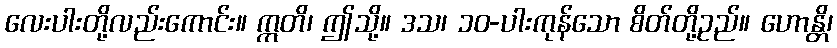
လေးပါးတို့လည်းကောင်း။ ဣတိ၊ ဤသို့။ ဒသ၊ ၁၀-ပါးကုန်သော စိတ်တို့ဥည်။ ဟောန္တိ၊